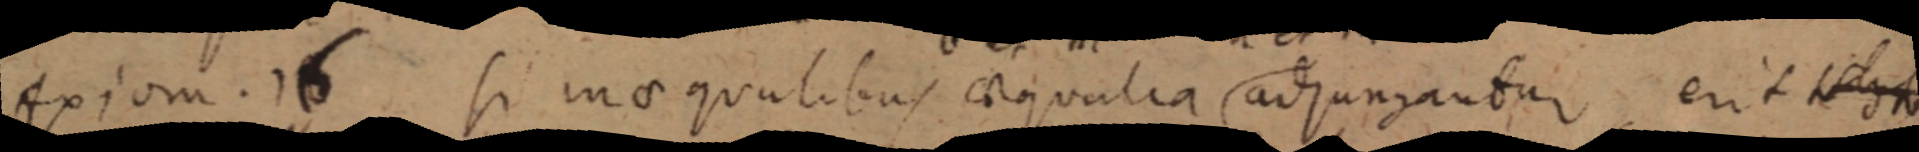
Axiom. 16 si in aequalibus aequalia adjungantur erit _